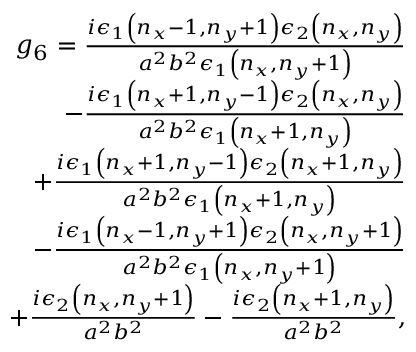
\begin{array} { r l } { g _ { 6 } = \frac { i \epsilon _ { 1 } \left( n _ { x } - 1 , n _ { y } + 1 \right) \epsilon _ { 2 } \left( n _ { x } , n _ { y } \right) } { a ^ { 2 } b ^ { 2 } \epsilon _ { 1 } \left( n _ { x } , n _ { y } + 1 \right) } } & { } \\ { - \frac { i \epsilon _ { 1 } \left( n _ { x } + 1 , n _ { y } - 1 \right) \epsilon _ { 2 } \left( n _ { x } , n _ { y } \right) } { a ^ { 2 } b ^ { 2 } \epsilon _ { 1 } \left( n _ { x } + 1 , n _ { y } \right) } } & { } \\ { + \frac { i \epsilon _ { 1 } \left( n _ { x } + 1 , n _ { y } - 1 \right) \epsilon _ { 2 } \left( n _ { x } + 1 , n _ { y } \right) } { a ^ { 2 } b ^ { 2 } \epsilon _ { 1 } \left( n _ { x } + 1 , n _ { y } \right) } } & { } \\ { - \frac { i \epsilon _ { 1 } \left( n _ { x } - 1 , n _ { y } + 1 \right) \epsilon _ { 2 } \left( n _ { x } , n _ { y } + 1 \right) } { a ^ { 2 } b ^ { 2 } \epsilon _ { 1 } \left( n _ { x } , n _ { y } + 1 \right) } } & { } \\ { + \frac { i \epsilon _ { 2 } \left( n _ { x } , n _ { y } + 1 \right) } { a ^ { 2 } b ^ { 2 } } - \frac { i \epsilon _ { 2 } \left( n _ { x } + 1 , n _ { y } \right) } { a ^ { 2 } b ^ { 2 } } , } \end{array}